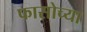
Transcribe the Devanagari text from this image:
फासोच्या